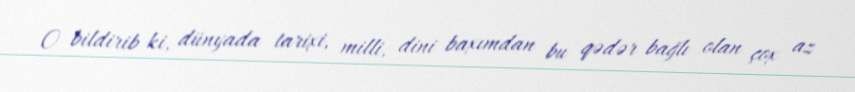
O bildirib ki, dünyada tarixi, milli, dini baxımdan bu qədər bağlı olan çox az